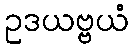
ဥဒယဗ္ဗယံ